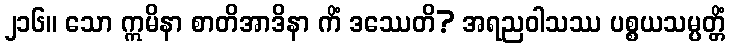
၂၁၆။ သော ဣမိနာ စာတိအာဒိနာ ကိံ ဒဿေတိ? အရညဝါသဿ ပစ္စယသမ္ပတ္တိံ